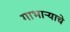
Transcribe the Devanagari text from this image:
गाभाऱ्याचे